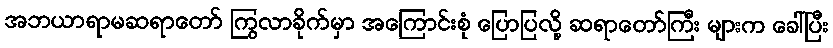
အဘယာရာမဆရာတော် ကြွလာခိုက်မှာ အကြောင်းစုံ ပြောပြလို့ ဆရာတော်ကြီး များက ခေါ်ပြီး